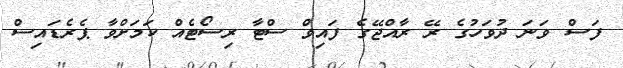
ފަސް ވަނަ ދުވަހުގެ ރޭ ރާއްޖޭގެ ފައިވް ސްޓާ ރިސޯޓެއް ކަމަށްވާ ޕެރެޑައިސް